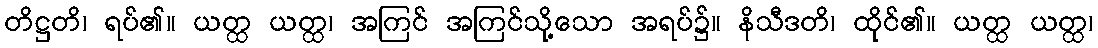
တိဋ္ဌတိ၊ ရပ်၏။ ယတ္ထ ယတ္ထ၊ အကြင် အကြင်သို့သော အရပ်၌။ နိသီဒတိ၊ ထိုင်၏။ ယတ္ထ ယတ္ထ၊